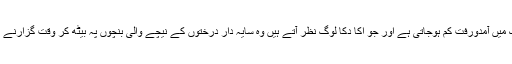
دوپہر میں اس پارک میں آمدورفت کم ہوجاتی ہے اور جو اکا دکا لوگ نظر آتے ہیں وہ سایہ دار درختوں کے نیچے والی بنچوں پہ بیٹھ کر وقت گزارنے کو ترجیح دیتے ہیں۔